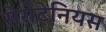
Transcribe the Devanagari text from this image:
सेरोटेनियस